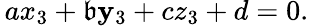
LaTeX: \, ax_{3}+\mathfrak{b}\mathbf{y}_{3}+cz_{3}+d=0.